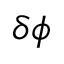
\delta \phi